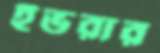
ইভরার